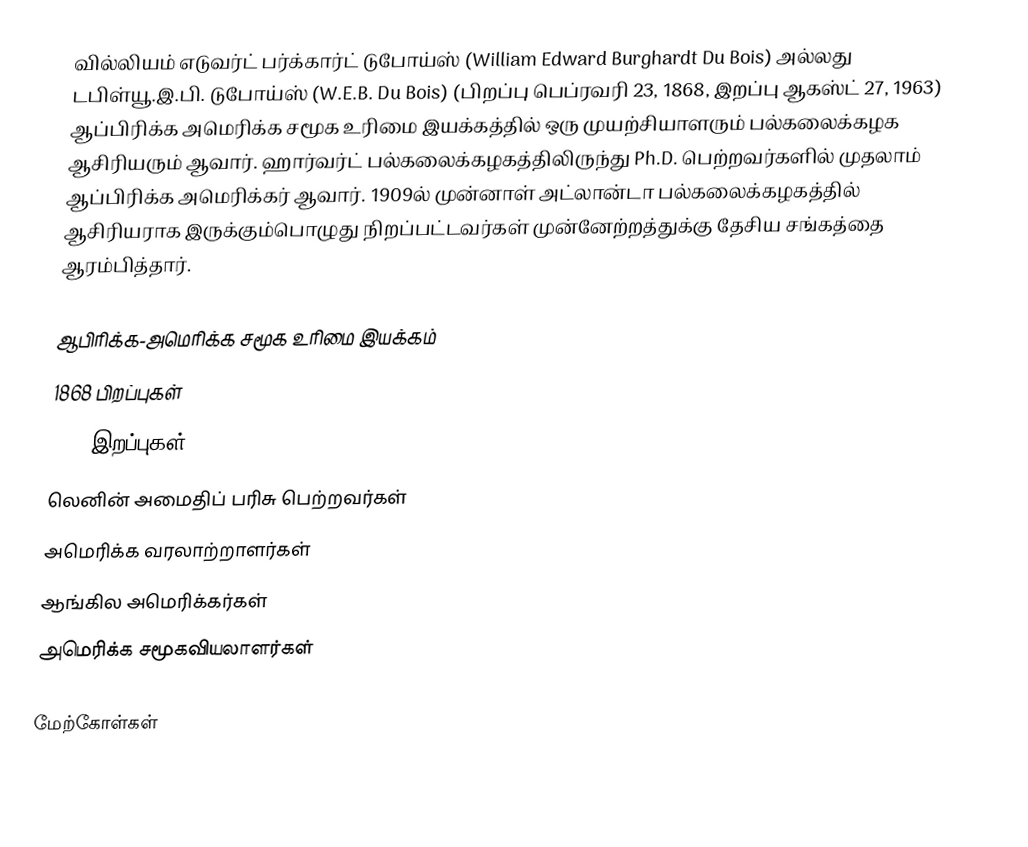
வில்லியம் எடுவர்ட் பர்க்கார்ட் டுபோய்ஸ் (William Edward Burghardt Du Bois) அல்லது டபிள்யூ.இ.பி. டுபோய்ஸ் (W.E.B. Du Bois) (பிறப்பு பெப்ரவரி 23, 1868, இறப்பு ஆகஸ்ட் 27, 1963) ஆப்பிரிக்க அமெரிக்க சமூக உரிமை இயக்கத்தில் ஒரு முயற்சியாளரும் பல்கலைக்கழக ஆசிரியரும் ஆவார். ஹார்வர்ட் பல்கலைக்கழகத்திலிருந்து Ph.D. பெற்றவர்களில் முதலாம் ஆப்பிரிக்க அமெரிக்கர் ஆவார். 1909ல் முன்னாள் அட்லான்டா பல்கலைக்கழகத்தில் ஆசிரியராக இருக்கும்பொழுது நிறப்பட்டவர்கள் முன்னேற்றத்துக்கு தேசிய சங்கத்தை ஆரம்பித்தார்.

ஆபிரிக்க-அமெரிக்க சமூக உரிமை இயக்கம்
1868 பிறப்புகள்
1963 இறப்புகள்
லெனின் அமைதிப் பரிசு பெற்றவர்கள்
அமெரிக்க வரலாற்றாளர்கள்
ஆங்கில அமெரிக்கர்கள்
அமெரிக்க சமூகவியலாளர்கள்

மேற்கோள்கள்